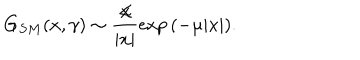
LaTeX: G _ { S M } ( x , \gamma ) \sim \frac { \not \! x } { | x | } \exp { ( - \mu | x | ) } .